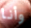
وأنا